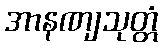
အာနဏျသုတ္တံ